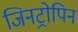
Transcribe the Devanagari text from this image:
जिनट्रोपिन